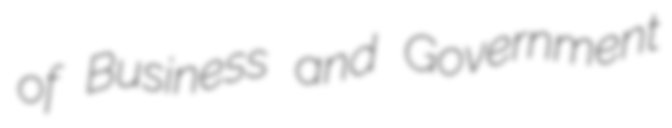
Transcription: of Business and Government